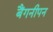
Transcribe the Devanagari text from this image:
बैंगनीपन